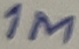
Text: 1M